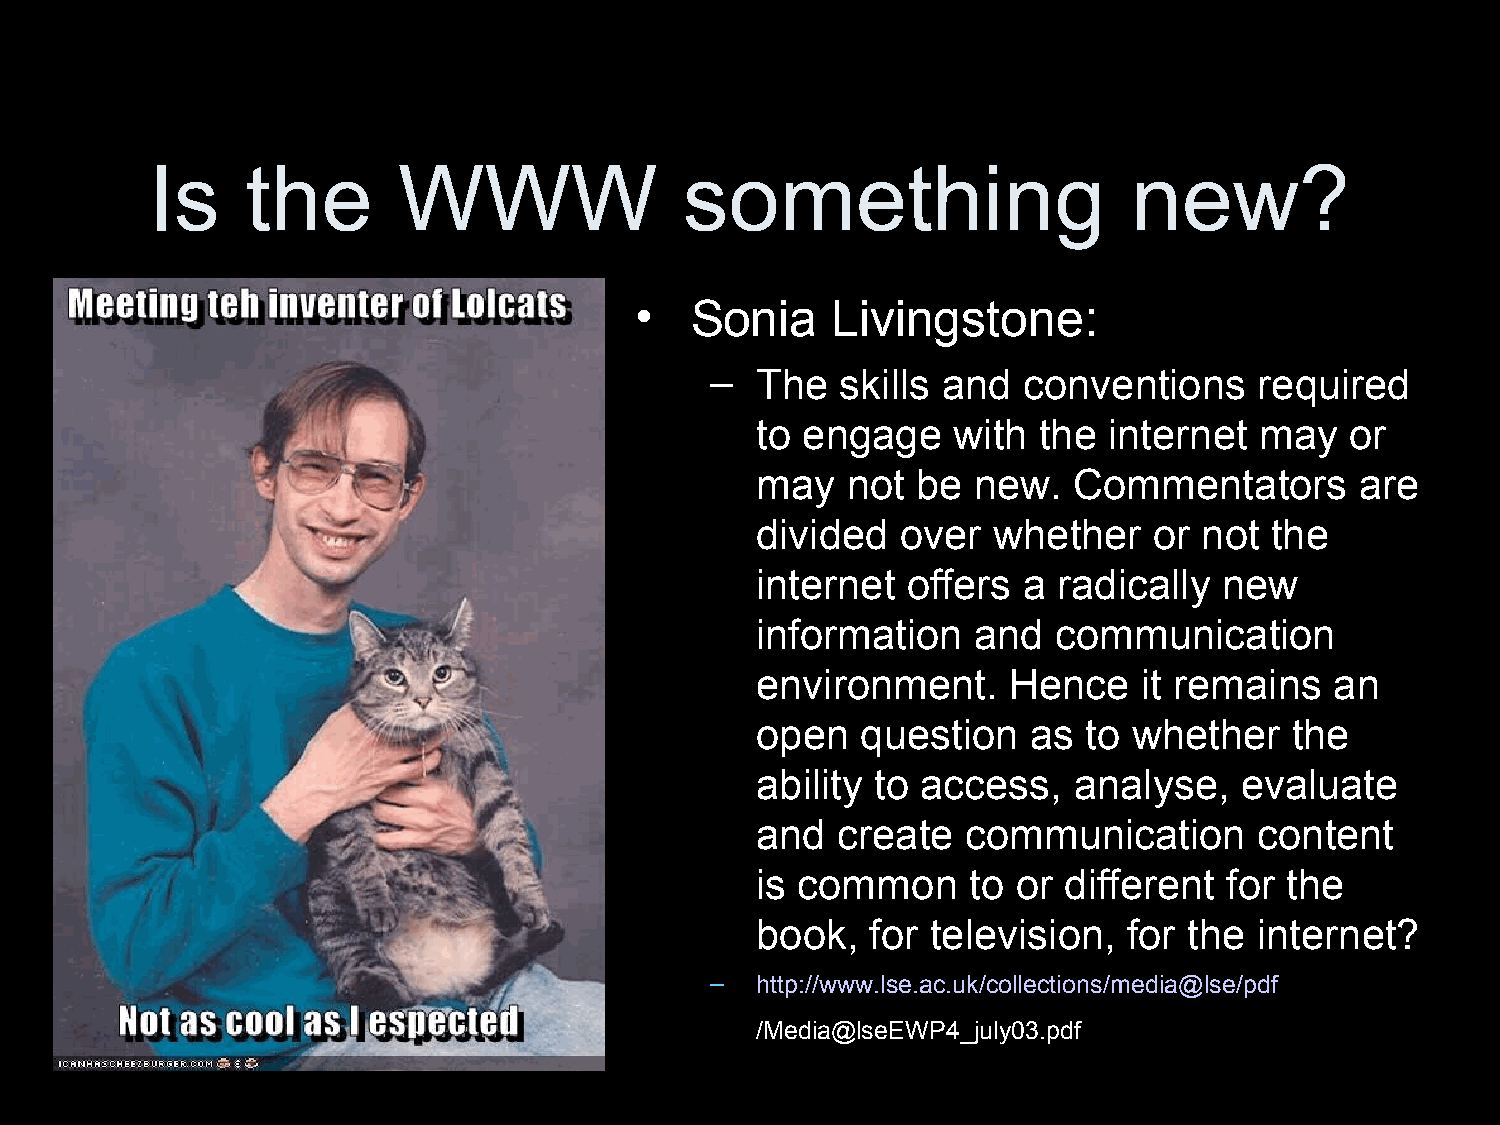
Is    the       WWW                something                     new?
 •   Sonia    Livingstone:
 –  The   skills and  conventions    required
 to engage    with  the internet  may   or
 may   not  be new.   Commentators       are
 divided   over  whether   or  not the
 internet  offers  a radically  new
 information   and   communication
 environment.     Hence    it remains  an
 open   question   as  to whether    the
 ability to access,   analyse,   evaluate
 and  create   communication      content
 is common     to or different  for the
 book,   for television,  for the internet?
 –  http://www.lse.ac.uk/collections/media@lse/pdf
 /Media@lseEWP4_july03.pdf